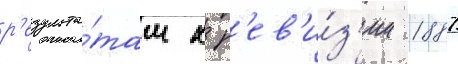
р'езульта́там х р'ев'и́з'ии 1887